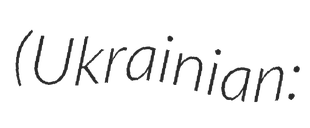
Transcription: (Ukrainian: